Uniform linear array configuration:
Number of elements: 64
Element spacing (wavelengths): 1
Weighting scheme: uniform
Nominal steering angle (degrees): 15
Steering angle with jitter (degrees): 13.014
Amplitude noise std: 0.05
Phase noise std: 0.05

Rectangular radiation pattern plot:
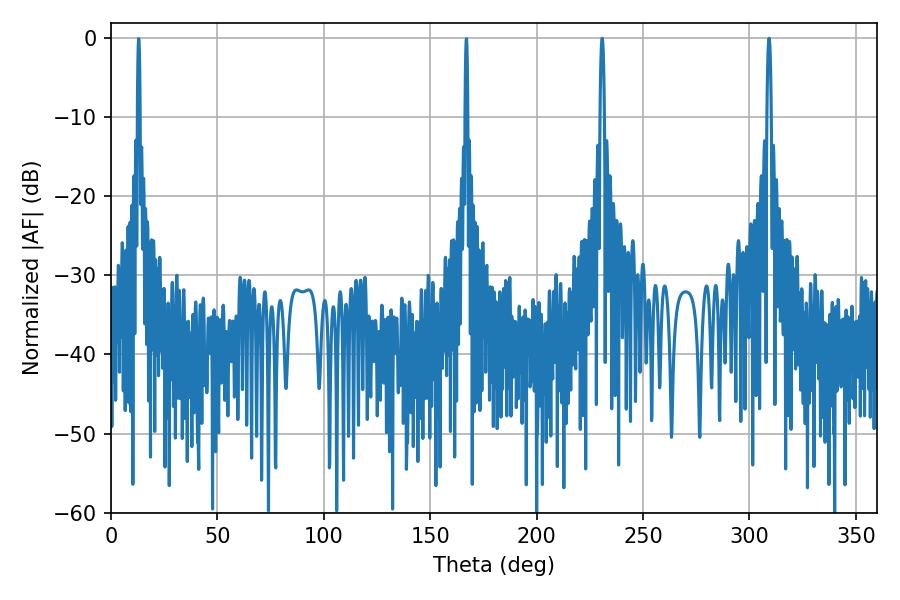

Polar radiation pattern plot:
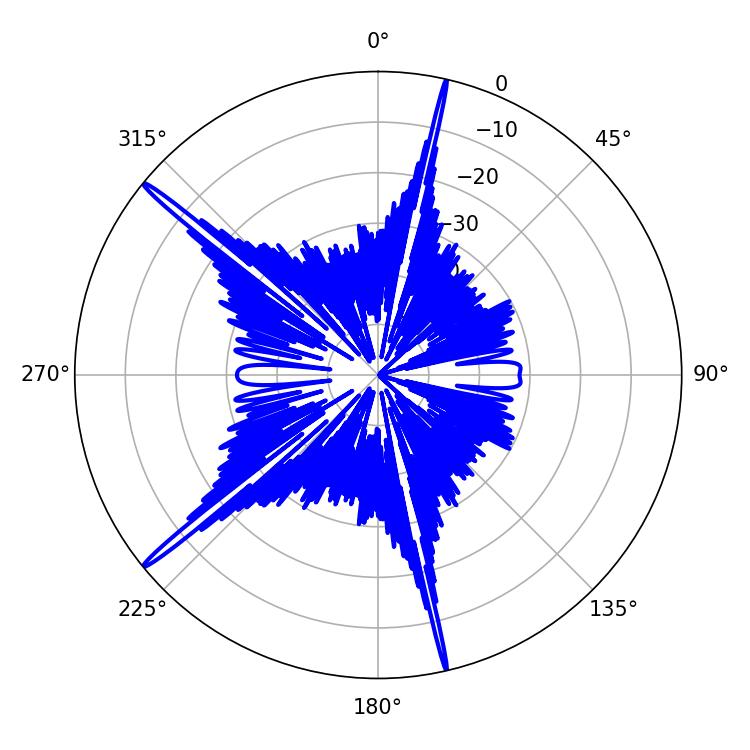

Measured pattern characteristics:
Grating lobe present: TRUE
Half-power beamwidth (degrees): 1.08
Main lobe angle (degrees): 309.24